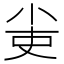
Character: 𡭭